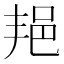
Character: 邫